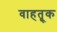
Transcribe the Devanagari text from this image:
वाहतू़क